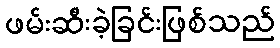
ဖမ်းဆီးခဲ့ခြင်းဖြစ်သည်